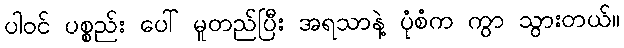
ပါဝင် ပစ္စည်း ပေါ် မူတည်ပြီး အရသာနဲ့ ပုံစံက ကွာ သွားတယ်။